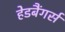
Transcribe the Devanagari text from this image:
हेडबैंगर्स